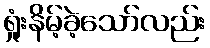
ရှုံးနိမ့်ခဲ့သော်လည်း